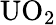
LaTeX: \mathrm{{UO}_{2}}